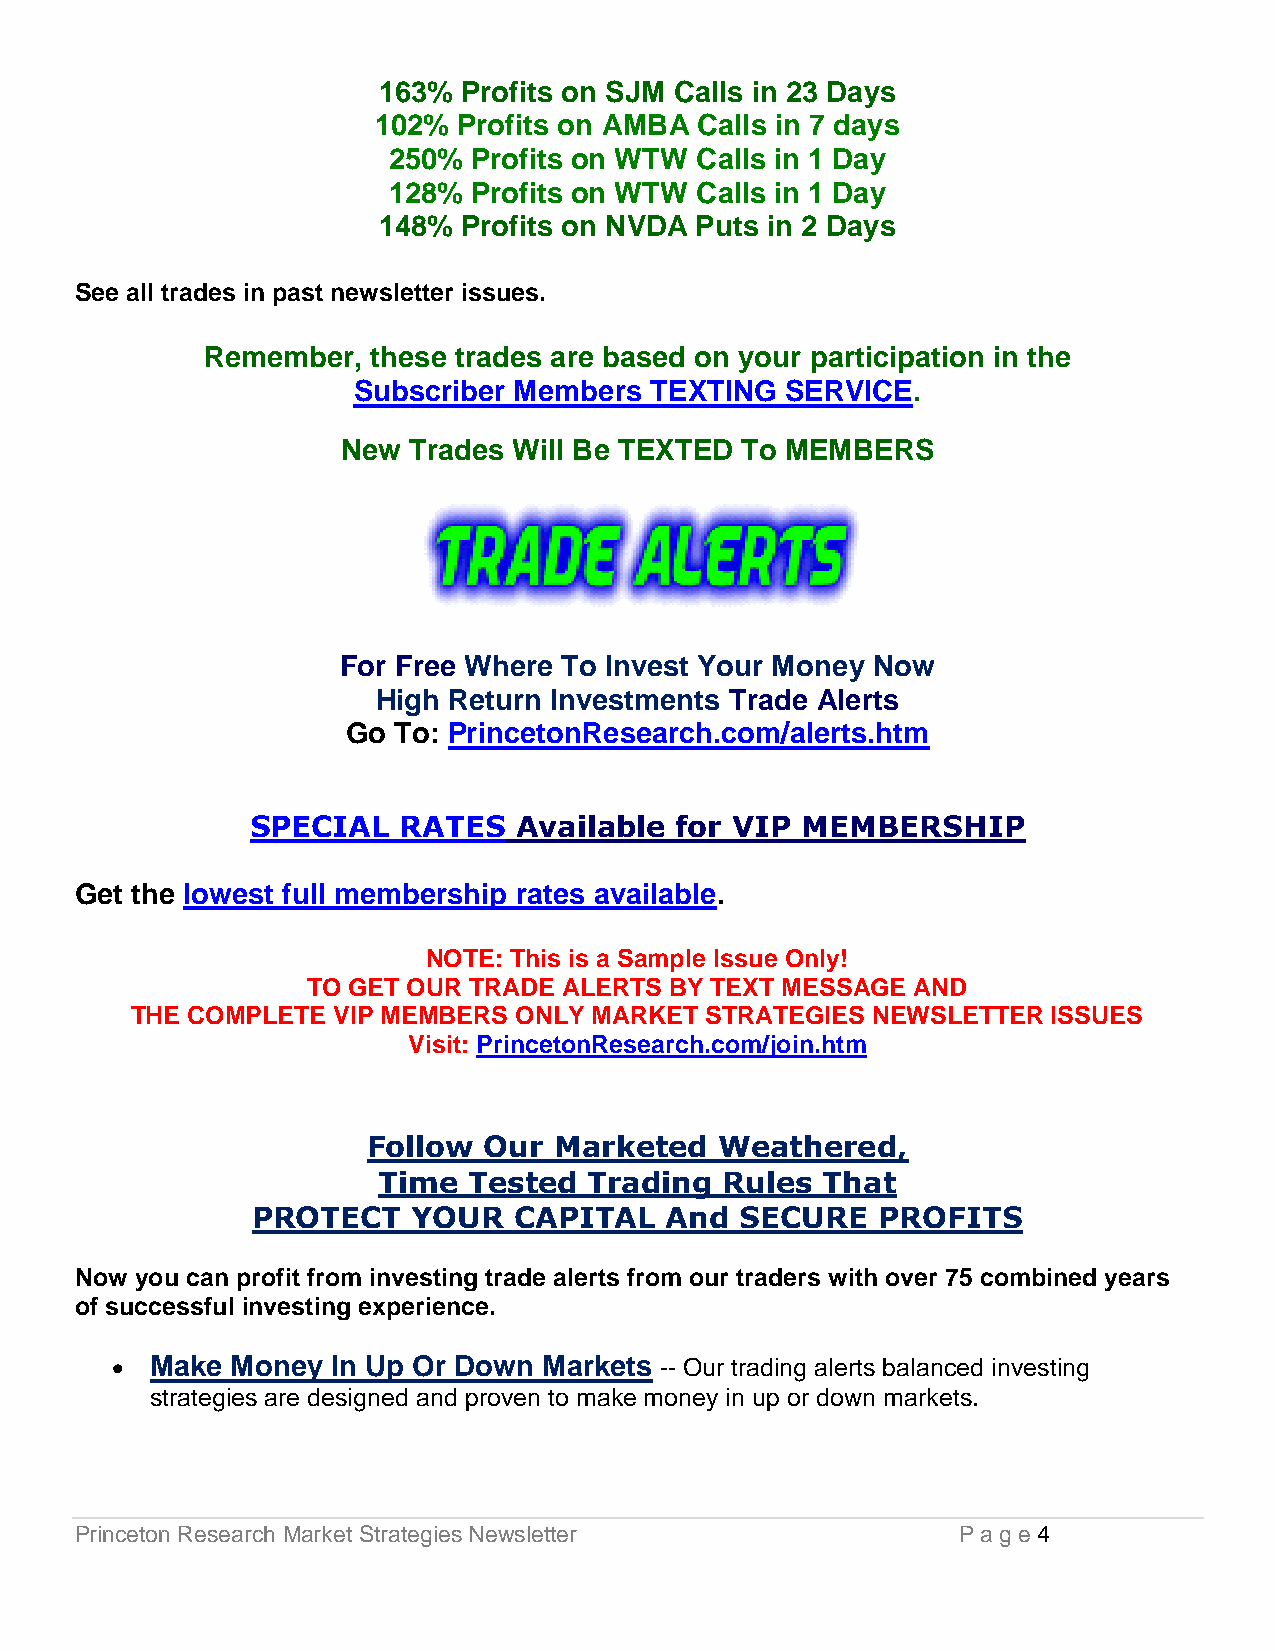
163%  Profits on SJM Calls in 23 Days
 102% Profits on AMBA Calls in 7 days
 250% Profits on WTW Calls in 1 Day
 128% Profits on WTW Calls in 1 Day
 148%  Profits on NVDA Puts in 2 Days
 See all trades in past newsletter issues.
 Remember,  these trades are based on your participation in the
 Subscriber Members  TEXTING  SERVICE.
 New Trades Will Be TEXTED To MEMBERS
 For Free Where To Invest Your Money Now
 High Return Investments Trade Alerts
 Go To: PrincetonResearch.com/alerts.htm
 SPECIAL  RATES   Available  for VIP MEMBERSHIP
 Get the lowest full membership rates available.
 NOTE: This is a Sample Issue Only!
 TO GET OUR TRADE ALERTS BY TEXT MESSAGE AND
 THE COMPLETE VIP MEMBERS ONLY MARKET  STRATEGIES NEWSLETTER  ISSUES
 Visit: PrincetonResearch.com/join.htm
 Follow  Our  Marketed   Weathered,
 Time  Tested  Trading  Rules  That
 PROTECT   YOUR   CAPITAL   And  SECURE   PROFITS
 Now you can profit from investing trade alerts from our traders with over 75 combined years
 of successful investing experience.
   Make Money  In Up Or Down Markets -- Our trading alerts balanced investing
 strategies are designed and proven to make money in up or down markets.
 Princeton Research Market Strategies Newsletter           P a g e 4